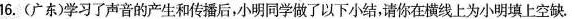
16.(广东)学习了声音的产生和传播后，小明同学做了以下小结，请你在横线上为小明填上空缺.